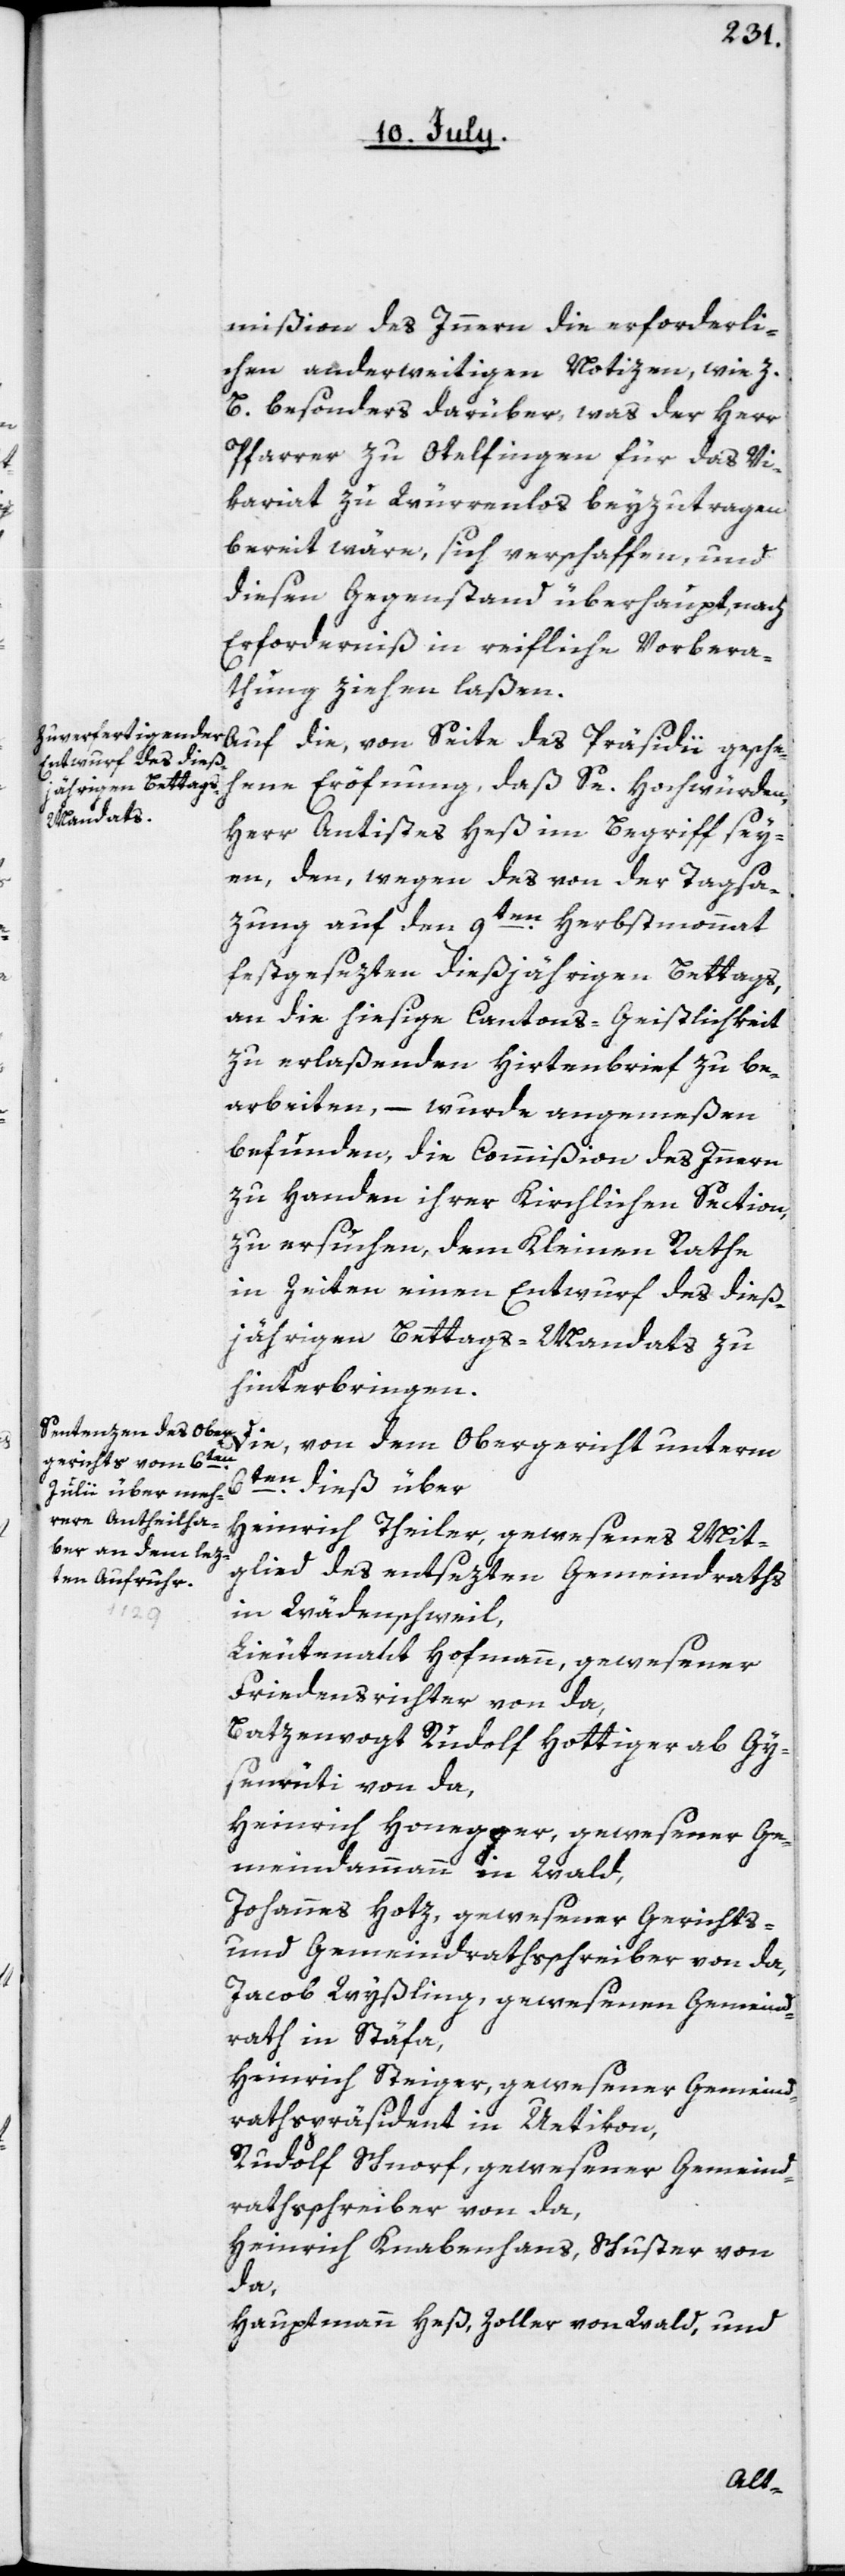
mißion des Innern die erforderli¬
chen anderweitigen Notizen, wie z.
B. besonders darüber, was der Herr
Pfarrer zu Otelfingen für das Vi¬
kariat zu Würrenlos beyzutragen
bereit wäre, sich verschaffen, und
diesen Gegenstand überhaupt nach
Erforderniß in reifliche Vorbera¬
thung ziehen laßen.
Auf die, von Seite des Präsidii gesche¬
hene Eröfnung, daß Se. Hochwürden,
Herrn Antistes Heß im Begriff sey¬
en, den, wegen des von der Tagsa¬
9ten Herbstmonnat
zung auf den
festgesezten dießjährigen Bettags,
an die hiesige Cantons-Geistlichkeit
zu erlaßenden Hirtenbrief zu be¬
arbeiten, – wurde angemeßen
befunden, die Commißion des Innern
zu Handen ihrer Kirchlichen Section,
zu ersuchen, dem Kleinen Rathe
in Zeiten einen Entwurf des dieß¬
jährigen Bettags-Mandats zu
hinterbringen.
Die von dem Obergericht unterm
6ten dieß über
Heinrich Theiler, gewesenes Mitg¬
lied des entsezten Gemeindraths
in Wädenschweil,
Lieutenant Hofmann, gewesener
Friedensrichter von da,
Batzenvogt Rudolf Hottinger, ab Gy¬
senrüti von da,
Heinrich Honegger, gewesener Ge¬
meindammann in Wald,
Johannes Hotz, gewesener Gerichts-
und Gemeindrathsschreiber von da,
Jacob Wyßling, gewesenen Gemeind¬
rath in Stäfa,
Heinrich Steiger, gewesener Gemeind¬
rathspräsident in Uetikon,
Rudolf Schnorf, gewesener Gemeind¬
rathsschreiber von da,
Heinrich Knabenhans, Schuster von
da,
Hauptmann Heß, Zoller von Wald, und